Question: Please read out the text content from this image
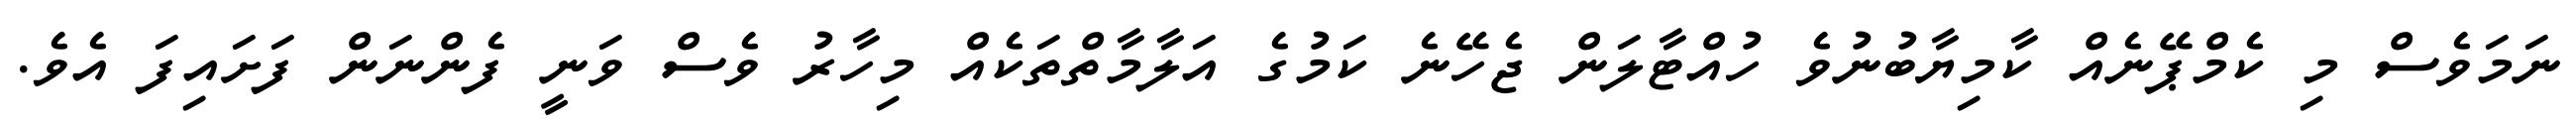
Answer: ނަމަވެސް މި ކެމްޕޭނެއް ކާމިޔާބުނުވެ ހުއްޓާލަން ޖެހޭނެ ކަމުގެ އަލާމާތްތަކެއް މިހާރު ވެސް ވަނީ ފެންނަން ފަށައިފަ އެވެ.